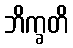
ဘိက္ခတိ